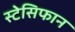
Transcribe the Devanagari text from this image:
स्टेसिफान